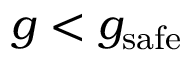
g < g _ { \mathrm { s a f e } }